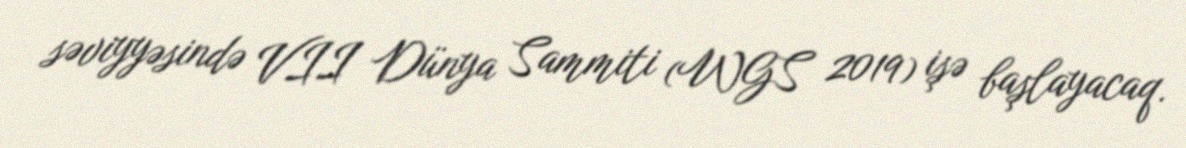
səviyyəsində VII Dünya Sammiti (WGS 2019) işə başlayacaq.